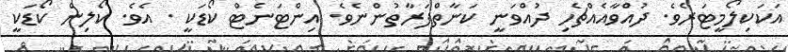
އަކަކިލޯމީޓަރެވެ. ދުއްވާއެއްޗެހި ދުއްވަނީ ކަނާތްފަރާތުންނެވެ. އިންޓަނެޓް ކޯޑަކީ . އެވެ. ކޯލިން ކޯޑަކީ